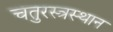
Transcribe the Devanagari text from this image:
चतुरस्त्रस्थान